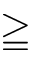
\geqq